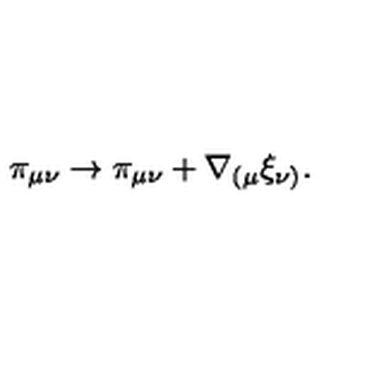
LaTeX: \pi _ { \mu \nu } \rightarrow \pi _ { \mu \nu } + \nabla _ { ( \mu } \xi _ { \nu ) } .